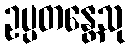
ဥပ္ပတန္တေသု